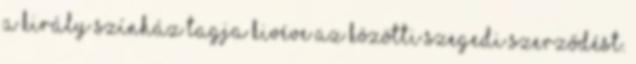
a Király Színház tagja kivéve az közötti szegedi szerződést.